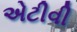
એટીવી